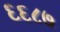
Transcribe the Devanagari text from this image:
६६८७